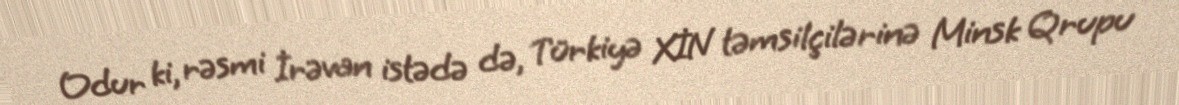
Odur ki, rəsmi İrəvan istədə də, Türkiyə XİN təmsilçilərinə Minsk Qrupu